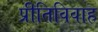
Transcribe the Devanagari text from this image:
प्रीतिविवाह